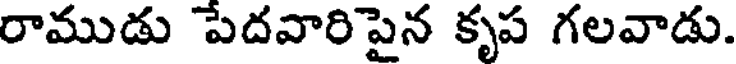
రాముడు పేదవారిపైన కృప గలవాడు.